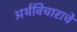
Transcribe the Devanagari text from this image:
अर्थविचाराचे